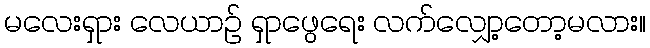
မလေးရှား လေယာဉ် ရှာဖွေရေး လက်လျှော့တော့မလား။